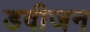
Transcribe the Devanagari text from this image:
डवीजन